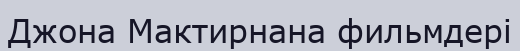
Джона Мактирнана фильмдері